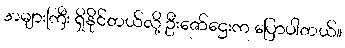
အများကြီး ရှိနိုင်တယ်လို့ ဦးဇော်ဌေးက ပြောပါတယ်။